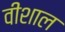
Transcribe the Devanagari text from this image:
वीशाल